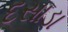
દસાડા